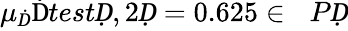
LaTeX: \mu_{Ḋ}\mathrm{Ḋ}testḌ,2Ḍ=0.625\in\mathcal ḊPḌ